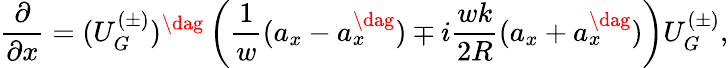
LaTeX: \frac{\partial}{\partial x}=(U_{G}^{(\pm)})^{\dag}\left(\frac{1}{w}(a_{x}-a_{x}^{\dag})\mp i\frac{wk}{2R}(a_{x}+a_{x}^{\dag})\right)U_{G}^{(\pm)},